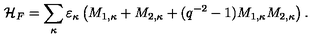
{ \cal H } _ { F } = \sum _ { \kappa } \varepsilon _ { \kappa } \left( M _ { 1 , \kappa } + M _ { 2 , \kappa } + ( q ^ { - 2 } - 1 ) M _ { 1 , \kappa } M _ { 2 , \kappa } \right) .